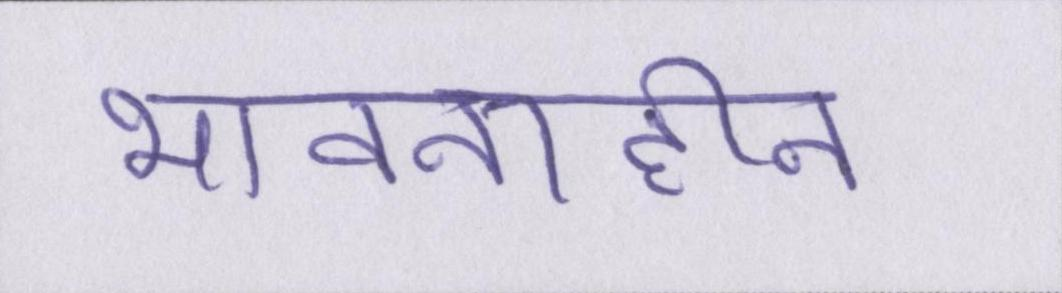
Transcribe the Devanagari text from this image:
भावनाहीन